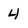
Character: 4